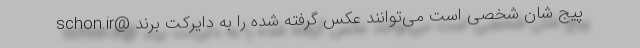
پیج شان شخصی است می‌توانند عکس گرفته شده را به دایرکت برند @schon.ir